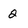
Character: 2